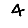
Digit: 4